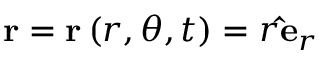
\mathbf { r } = \mathbf { r } \left( r , \theta , t \right) = r \mathbf { \hat { e } } _ { r }